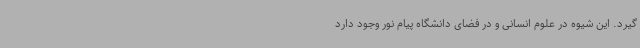
‌گیرد. این شیوه در علوم انسانی و در فضای دانشگاه ‌پیام نور وجود دارد